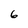
Character: 6